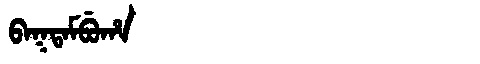
Manchu: ᠪᠠᡴᡨᠠᠮᠪᡠᡥᠠ
Romanization: BAKTAMBUHA